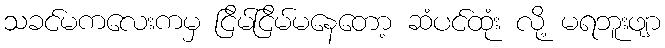
သခင်မကလေးကမှ ငြိမ်ငြိမ်မနေတော့ ဆံပင်ထုံး လို့ မရဘူးဖျာ